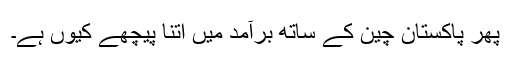
پھر پاکستان چین کے ساتھ برآمد میں اتنا پیچھے کیوں ہے۔